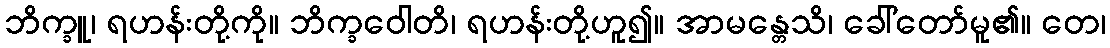
ဘိက္ခူ၊ ရဟန်းတို့ကို။ ဘိက္ခဝေါတိ၊ ရဟန်းတို့ဟူ၍။ အာမန္တေသိ၊ ခေါ်တော်မူ၏။ တေ၊